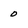
Character: 0